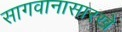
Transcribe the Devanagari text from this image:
सागवानासारखे